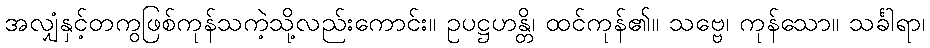
အလျှံနှင့်တကွဖြစ်ကုန်သကဲ့သို့လည်းကောင်း။ ဥပဋ္ဌဟန္တိ၊ ထင်ကုန်၏။ သဗ္ဗေ၊ ကုန်သော။ သင်္ခါရာ၊